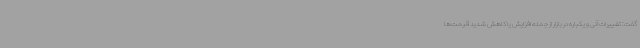
گفت: تغییرات آنی و یکباره در بازار از جمله افزایش یا کاهش شدید قیمت‌ها